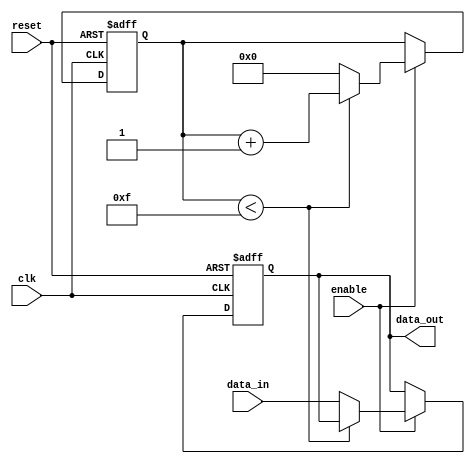
module RC_Delay (
    input wire clk,
    input wire reset,
    input wire enable,
    input wire [7:0] data_in,
    output reg [7:0] data_out
);

reg [31:0] count;
parameter DELAY_VALUE = 32'hF;
parameter R_VALUE = 8'hFF;
parameter C_VALUE = 8'hFF;

always @ (posedge clk or posedge reset) begin
    if (reset) begin
        count <= 0;
        data_out <= 8'h00;
    end else if (enable) begin
        if (count < DELAY_VALUE) begin
            count <= count + 1;
        end else begin
            count <= 0;
            data_out <= data_in;
        end
    end
end

endmodule